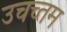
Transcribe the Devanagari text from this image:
उचच्तम